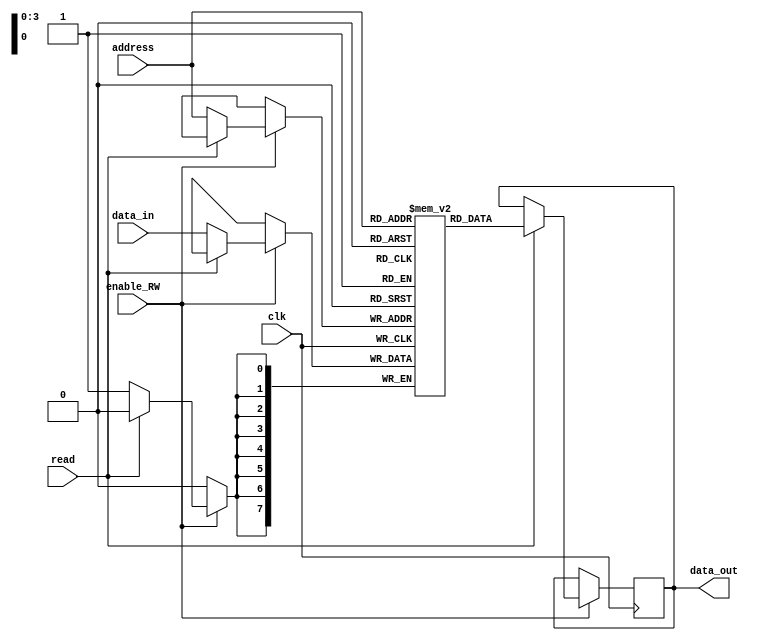
`timescale 1ns / 1ps
//////////////////////////////////////////////////////////////////////////////////
// Company: 
// Engineer: 
// 
// Design Name: 
// Module Name: Data_RAM
// Project Name: 
// Target Devices: 
// Tool Versions: 
// Description: 
// 
// Dependencies: 
// 
// Revision:
// Revision 0.01 - File Created
// Additional Comments:
// 
//////////////////////////////////////////////////////////////////////////////////


module Data_RAM(clk,address,enable_RW,read,
    data_in,
    data_out

    );
    input clk;
    input[3:0] address;
    input enable_RW;
    input read;
    input[7:0] data_in;
    output reg[7:0] data_out;
    
    reg[7:0] data_mem[0:15];
    
    always@(posedge clk)
    begin
        if(enable_RW)
        begin
            if(read)
            begin
                data_out<=data_mem[address];
            end
            else
            begin
                data_mem[address]<=data_in;
            end
        end
    end
        
endmodule